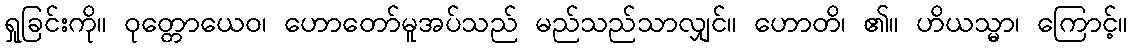
ရှုခြင်းကို။ ဝုတ္တောယေဝ၊ ဟောတော်မူအပ်သည် မည်သည်သာလျှင်။ ဟောတိ၊ ၏။ ဟိယသ္မာ၊ ကြောင့်။